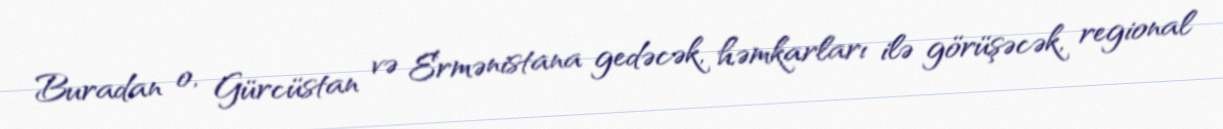
Buradan o, Gürcüstan və Ermənistana gedəcək, həmkarları ilə görüşəcək, regional